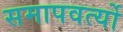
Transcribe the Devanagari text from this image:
समापवर्त्यो